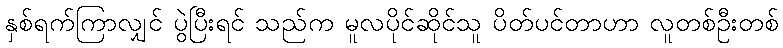
နှစ်ရက်ကြာလျှင် ပွဲပြီးရင် သည်က မူလပိုင်ဆိုင်သူ ပိတ်ပင်တာဟာ လူတစ်ဦးတစ်